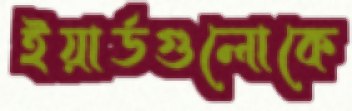
ইয়ার্ডগুলোকে